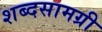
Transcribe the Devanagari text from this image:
शब्दसामग्री